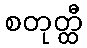
စတုတ္ထီ